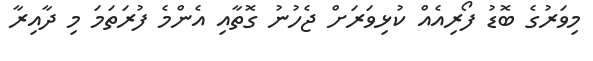
މިވަރުގެ ބޮޑު ފޯރިއެއް ކުޅިވަރަށް ޖެހުނު ގޮތާއި އެންމެ ފުރަތަމަ މި ދާއިރާ